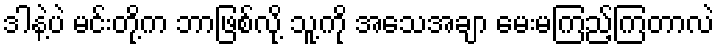
ဒါနဲ့ပဲ မင်းတို့က ဘာဖြစ်လို့ သူ့ကို အသေအချာ မေးမကြည့်ကြတာလဲ